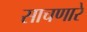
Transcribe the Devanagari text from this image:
साचणारे